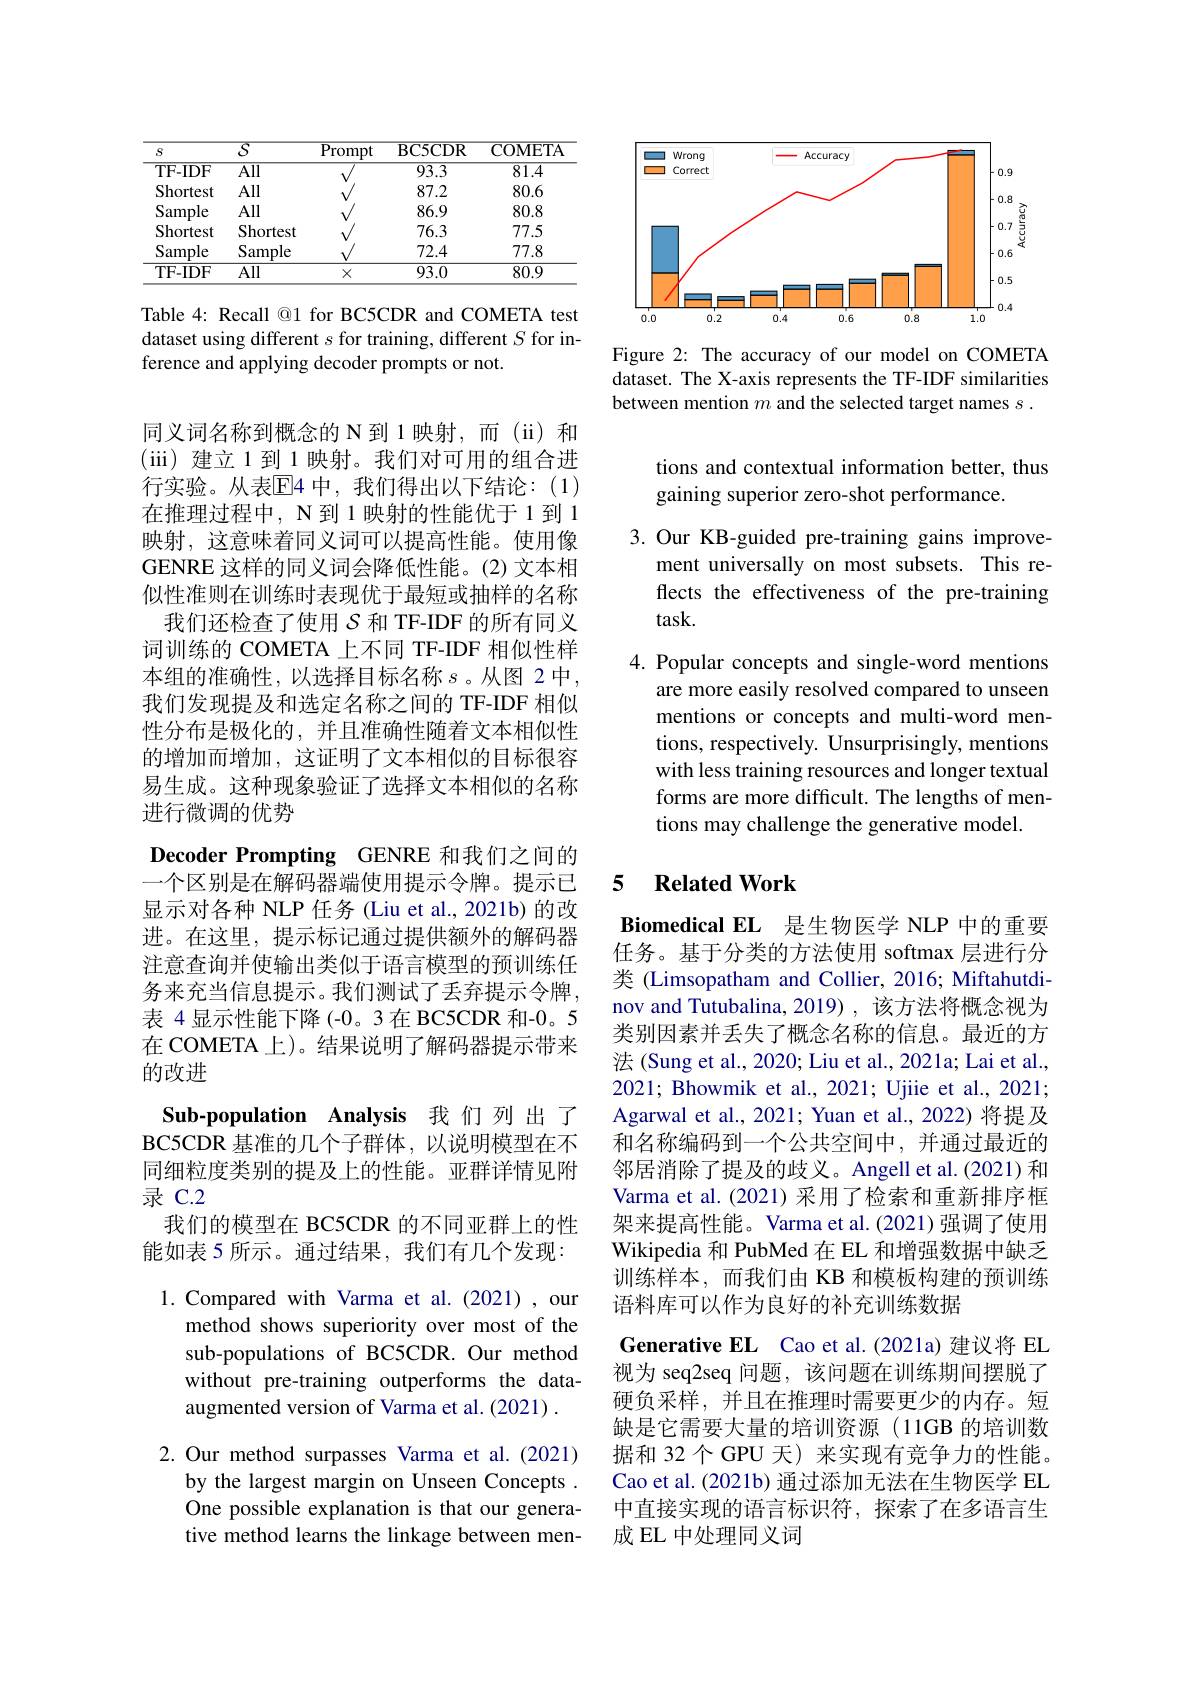
<table>
	<tbody>
		<tr>
			<th>$S$</th>
			<th>$\overline{S}$</th>
			<th>Prompt</th>
			<th>BC5CDR</th>
			<th>COMETA</th>
		</tr>
		<tr>
			<td>TF-IDF</td>
			<td>$\overline{\mathrm{All}}$</td>
			<td> </td>
			<td>$\overline{93.3}$</td>
			<td>81.4</td>
		</tr>
		<tr>
			<td>Shortest</td>
			<td>All</td>
			<td> </td>
			<td>87.2</td>
			<td>80.6</td>
		</tr>
		<tr>
			<td>Sample</td>
			<td>All</td>
			<td> </td>
			<td>86.9</td>
			<td>80.8</td>
		</tr>
		<tr>
			<td>Shortest</td>
			<td>Shortest</td>
			<td> </td>
			<td>76.3</td>
			<td>77.5</td>
		</tr>
		<tr>
			<td>Sample</td>
			<td>Sample</td>
			<td> </td>
			<td>72.4</td>
			<td>77.8</td>
		</tr>
		<tr>
			<td>TF- IDF</td>
			<td>L All</td>
			<td>$X$</td>
			<td>93.0</td>
			<td>80.9</td>
		</tr>
	</tbody>
</table>

Table 4: Recall @1 for BC5CDR and COMETA test dataset using different $s$ for training, different $S$ for inference and applying decoder prompts or not.

同义词名称到概念的 N 到 1 映射，而 (ii) 和(iii)建立1到1映射。我们对可用的组合进行实验。从表$\overline{\mathrm{E}}$4 中，我们得出以下结论：(1) 在推理过程中，N 到 1 映射的性能优于 1 到 1映射，这意味着同义词可以提高性能。使用像GENRE 这样的同义词会降低性能。(2)文本相似性准则在训练时表现优于最短或抽样的名称
我们还检查了使用$\mathcal{S}$和 TF-IDF 的所有同义词训练的 COMETA 上不同 TF-IDF 相似性样本组的准确性，以选择目标名称$s$。从图 2中， 我们发现提及和选定名称之间的 TF-IDF 相似性分布是极化的，并且准确性随着文本相似性的增加而增加，这证明了文本相似的目标很容易生成。这种现象验证了选择文本相似的名称进行微调的优势

Decoder Prompting GENRE 和我们之间的一个区别是在解码器端使用提示令牌。提示已显示对各种 NLP 任务 (Liu et al., 2021b) 的改进。在这里，提示标记通过提供额外的解码器注意查询并使输出类似于语言模型的预训练任务来充当信息提示。我们测试了丢弃提示令牌， 表 4 显示性能下降(-0。3 在 BC5CDR 和-0。5在 COMETA 上)。结果说明了解码器提示带来的改进
Sub-population Analysis 我们列出了BC5CDR 基准的几个子群体，以说明模型在不同细粒度类别的提及上的性能。亚群详情见附录 C.2
我们的模型在 BC5CDR 的不同亚群上的性能如表 5 所示。通过结果，我们有几个发现： 1.Compared with Varma et al.(2021),our
method shows superiority over most of the sub-populations of BC5CDR. Our method without pre-training outperforms the dataaugmented version of Varma et al. (2021)
2.Our method surpasses Varma et al.(2021)
by the largest margin on Unseen Concepts . One possible explanation is that our generative method learns the linkage between men-

<FigureHere>

Figure 2: The accuracy of our model on COMETA dataset. The X-axis represents the TF-IDF similarities between mention $m$ and the selected target names $s.$

tions and contextual information better, thus
gaining superior zero-shot performance.

3. Our KB-guided pre-training gains improve-
ment universally on most subsets. This reflects the effectiveness of the pre-training task.
4. Popular concepts and single-word mentions
are more easily resolved compared to unseen mentions or concepts and multi-word mentions, respectively. Unsurprisingly, mentions with less training resources and longer textual forms are more difficult. The lengths of mentions may challenge the generative model.

### 5 Related Work

$\textbf{Biomedical EL}$ 是生物医学 NLP 中的重要任务。基于分类的方法使用 softmax 层进行分类 (Limsopatham and Collier, 2016; Miftahutdinov and Tutubalina, 2019) , 该方法将概念视为类别因素并丢失了概念名称的信息。最近的方法 (Sung et al., 2020; Liu et al., 2021a; Lai et al., 2021; Bhowmik et al., 2021; Ujiie et al., 2021; Agarwal et al., 2021; Yuan et al., 2022) 将提及和名称编码到一个公共空间中，并通过最近的邻居消除了提及的歧义。Angell et al.(2021) 和Varma et al.(2021)采用了检索和重新排序框架来提高性能。Varma et al.(2021) 强调了使用Wikipedia 和 PubMed 在 EL 和增强数据中缺乏训练样本，而我们由 KB 和模板构建的预训练语料库可以作为良好的补充训练数据
Generative EL Cao et al.(2021a) 建议将 EL 视为 seq2seq 问题，该问题在训练期间摆脱了硬负采样，并且在推理时需要更少的内存。短缺是它需要大量的培训资源(11GB 的培训数据和 32 个 GPU 天) 来实现有竞争力的性能。Cao et al. (2021b) 通过添加无法在生物医学 EL 中直接实现的语言标识符，探索了在多语言生成 EL 中处理同义词